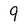
Character: 9